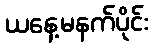
ယနေ့မနက်ပိုင်း